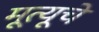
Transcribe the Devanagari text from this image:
मूत्यूचे